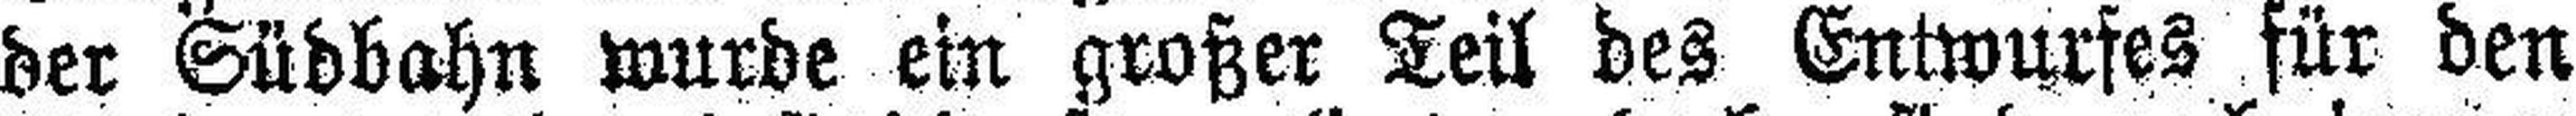
der Südbahn wurde ein großer Teil des Entwurfes für den